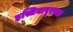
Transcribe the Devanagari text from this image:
हस्तिनापूरच्या